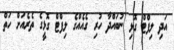
އަދި ލިފްޓް ގޮޅި ނުބައްދާ ހުރި ގެއެއްގެ ލިފްޓް ގޮޅީގެ ތެރެއަށް ހަތް